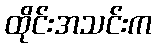
ထိုင်းအသင်းက